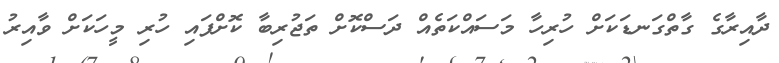
ދާއިރާގެ ގާތްގަނޑަކަށް ހުރިހާ މަސައްކަތެއް ދަސްކޮށް ތަޖުރިބާ ކޮށްފައި ހުރި މީހަކަށް ވާއިރު